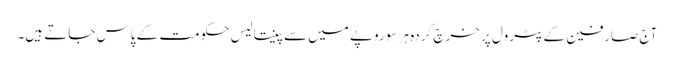
آج صارفین کے پٹرول پر خرچ کردہ ہر سو روپے میں سے پینتالیس حکومت کے پاس جاتے ہیں۔